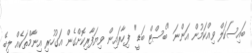
ބައިސަކަލް ވިއްކަމުން އަންނަ "ބެސްޓް ބަޑީ" ފިހާރައިން ވިޔަފާރިކޮށްގެން އަގުހުރި އިނާމްތަކެއް ލިބޭ